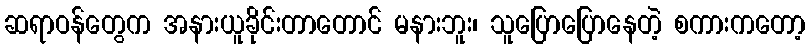
ဆရာဝန်တွေက အနားယူခိုင်းတာတောင် မနားဘူး၊ သူပြောပြောနေတဲ့ စကားကတော့